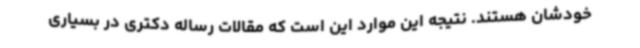
خودشان هستند. نتیجه این موارد این است که مقالات رساله دکتری در بسیاری